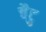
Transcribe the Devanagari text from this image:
चैटु